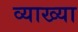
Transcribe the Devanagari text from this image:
व्याख्‍या